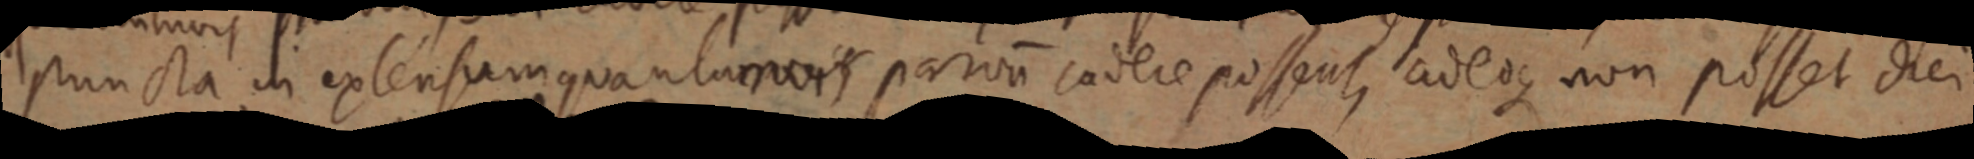
puncta in extensum quantum vis parum cadere possent, adeoque non posset dei